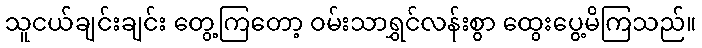
သူငယ်ချင်းချင်း တွေ့ကြတော့ ဝမ်းသာရွှင်လန်းစွာ ထွေးပွေ့မိကြသည်။